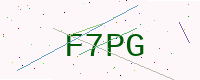
Text: F7PG